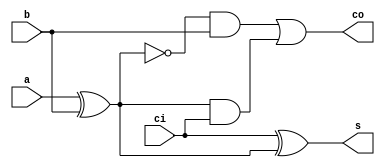
module addcompleto (a, b, ci, s, co); 
   input a, b, ci; 
   output s, co; 
	wire xor1;
   assign xor1 = a ^ b; 
	assign co = (~xor1 & b) | (xor1 & ci);
	assign s = ci ^ xor1;
endmodule